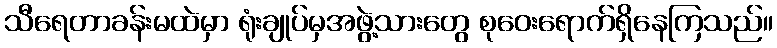
သီရေတာခန်းမထဲမှာ ရုံးချုပ်မှအဖွဲ့သားတွေ စုဝေးရောက်ရှိနေကြသည်။